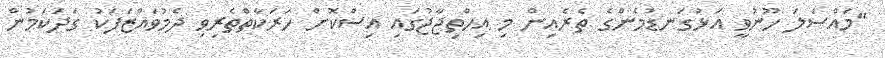
"މައްސަލަ ހޫނުވީ އަޅުގަނޑުމެންގެ ތެރެއިން މި އިހްތިޖާޖުގައި އިސްކޮށް ހަރަކާތްތެރިވި ދެމުވައްޒަފަކު ގަދަކަމުން